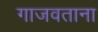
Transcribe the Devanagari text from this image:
गाजवताना